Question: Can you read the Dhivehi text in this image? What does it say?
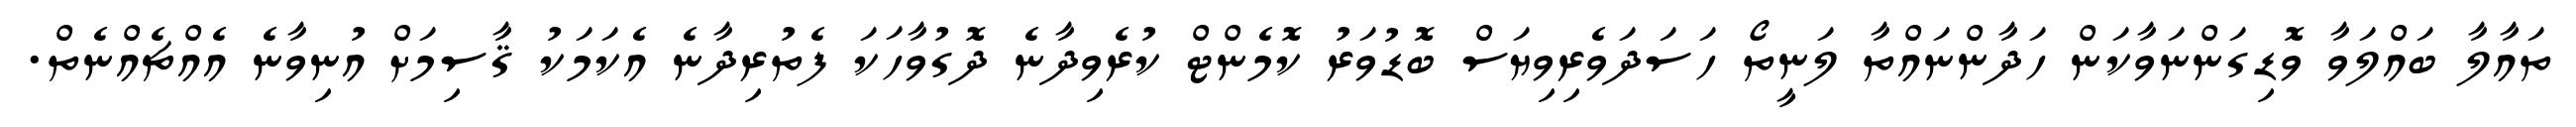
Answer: ތައާލާ ބައްލަވާ ވޮޑިގަންނަވާކަން ހަދާންނައްތާ ލަނީތޯ ހަސަދަވެރިވިޔަސް ބޮޑުވަރު ކޮމެންޓް ކުރެވިދާނެ ދޮގުވާހަކަ ފެތުރިދާނެ އެކަމަކު ޤާސިމަށް އުނިވާނެ އެއްޗެއްނެތް.